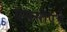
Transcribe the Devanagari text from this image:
एमसीएचे